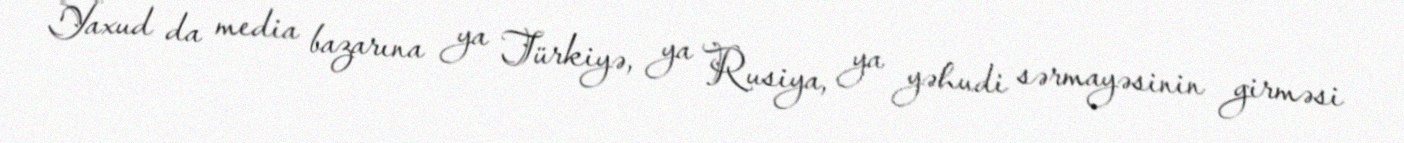
Yaxud da media bazarına ya Türkiyə, ya Rusiya, ya yəhudi sərmayəsinin girməsi